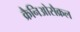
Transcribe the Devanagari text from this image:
क्रैनिओसैक्रल